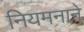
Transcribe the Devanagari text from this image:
नियमनाने